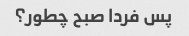
پس فردا صبح چطور؟